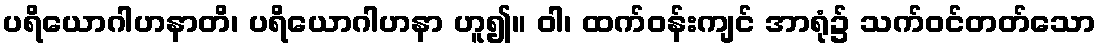
ပရိယောဂါဟနာတိ၊ ပရိယောဂါဟနာ ဟူ၍။ ဝါ၊ ထက်ဝန်းကျင် အာရုံ၌ သက်ဝင်တတ်သော